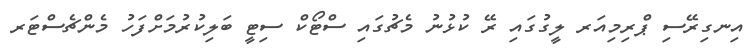
އިނގިރޭސި ޕްރިމިއަރ ލީގުގައި ރޭ ކުޅުނު މެޗުގައި ސްޓޯކް ސިޓީ ބަލިކުރުމަށްފަހު މެންޗެސްޓަރ